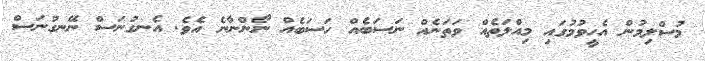
މުސްލިމުން އެހީވުމުގައި މިއްލަތެއް ވަތަނެއް ނަސަބެއް ހަސަބެއް ނޯންނާނެ އެވެ. އެނގުނަސް ނޭނގުނަސް